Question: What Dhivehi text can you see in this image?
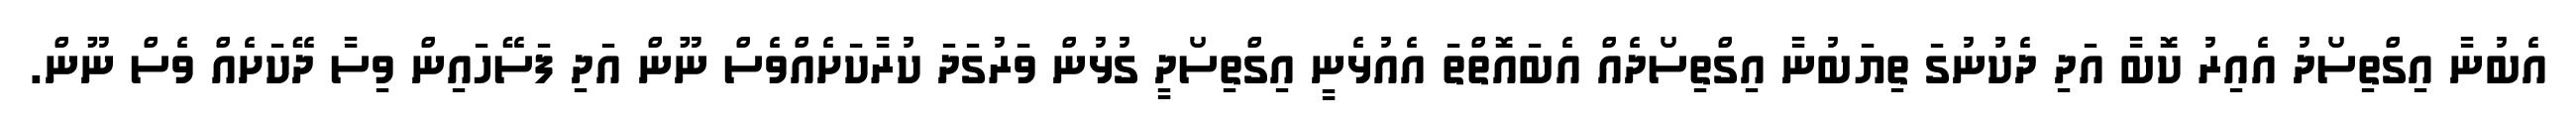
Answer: އެބުނާ އިގްތިސޯދު އެއިރު ކޮބާ އަދި ދެކުނުގަ ތިޔަބުނާ އިގްތިސޯދެއް އެބައޮތްތަ އެއުޅެނީ އިގްތިސޯދީ ގުޅުން ވަރުގަދަ ކުރާކަށެއްވެސް ނޫން އަދި ފަސޭހައިން ވިސާ ދޭކަށެއް ވެސް ނޫން.